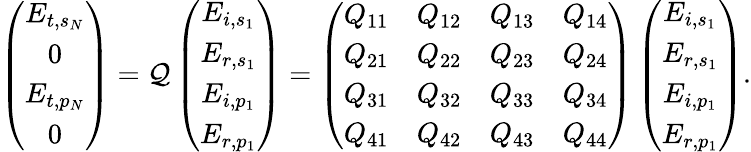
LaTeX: \left(\begin{array}{c}{E_{t,s_{N}}}\\ {0}\\ {E_{t,p_{N}}}\\ {0}\end{array}\right)=\mathcal{Q}\left(\begin{array}{c}{E_{i,s_{1}}}\\ {E_{r,s_{1}}}\\ {E_{i,p_{1}}}\\ {E_{r,p_{1}}}\end{array}\right)=\left(\begin{array}{cccc}{Q_{11}}&{Q_{12}}&{Q_{13}}&{Q_{14}}\\ {Q_{21}}&{Q_{22}}&{Q_{23}}&{Q_{24}}\\ {Q_{31}}&{Q_{32}}&{Q_{33}}&{Q_{34}}\\ {Q_{41}}&{Q_{42}}&{Q_{43}}&{Q_{44}}\end{array}\right)\left(\begin{array}{c}{E_{i,s_{1}}}\\ {E_{r,s_{1}}}\\ {E_{i,p_{1}}}\\ {E_{r,p_{1}}}\end{array}\right).